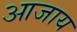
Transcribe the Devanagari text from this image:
आजाय